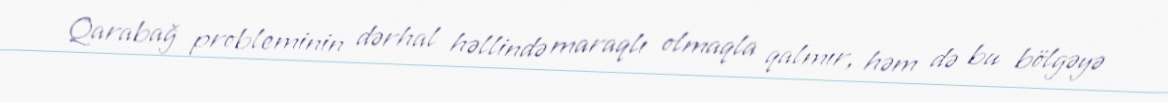
Qarabağ probleminin dərhal həllində maraqlı olmaqla qalmır, həm də bu bölgəyə